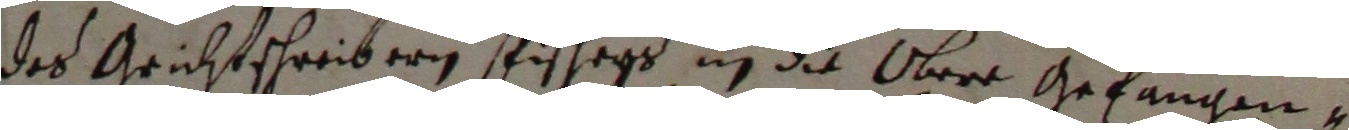
des grichtschreibern Fischegs in die obere gefangen